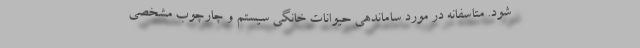
شود. متاسفانه در مورد ساماندهی حیوانات خانگی سیستم و چارچوب مشخصی